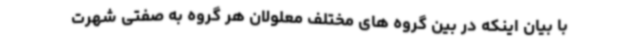
با بیان اینکه در بین گروه های مختلف معلولان هر گروه به صفتی شهرت